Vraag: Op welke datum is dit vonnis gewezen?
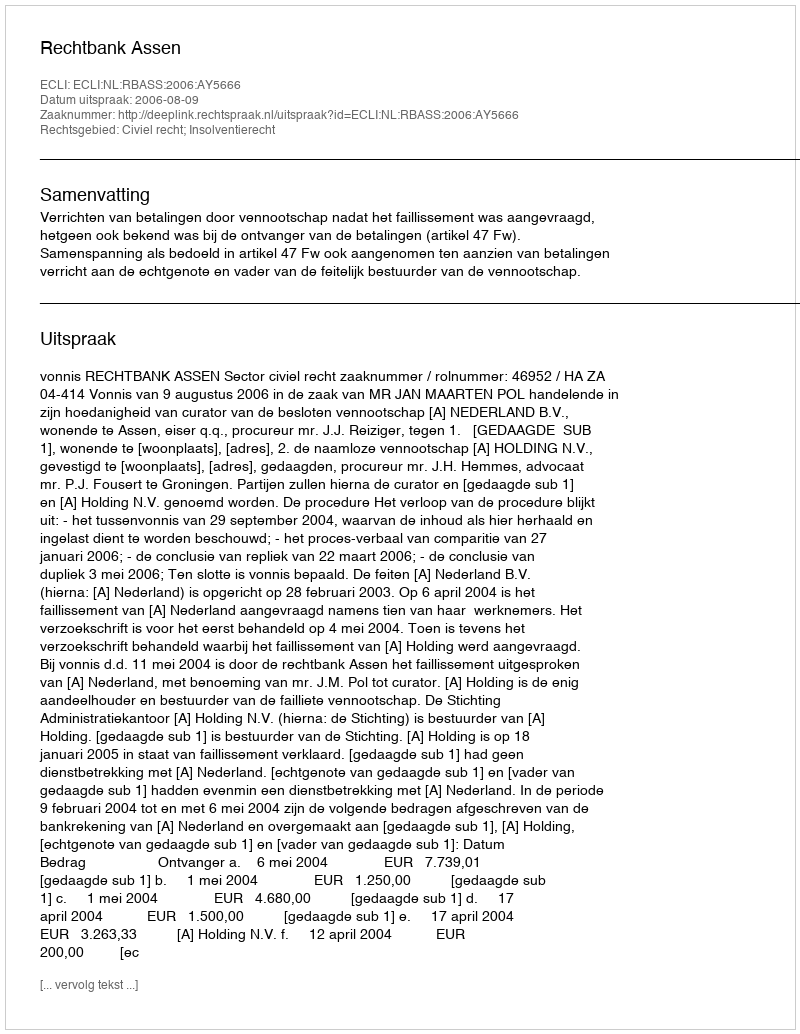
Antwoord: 2006-08-09